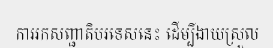
ការរកសញ្ជាតិបរទេសនេះ ដើម្បីងាយស្រួល